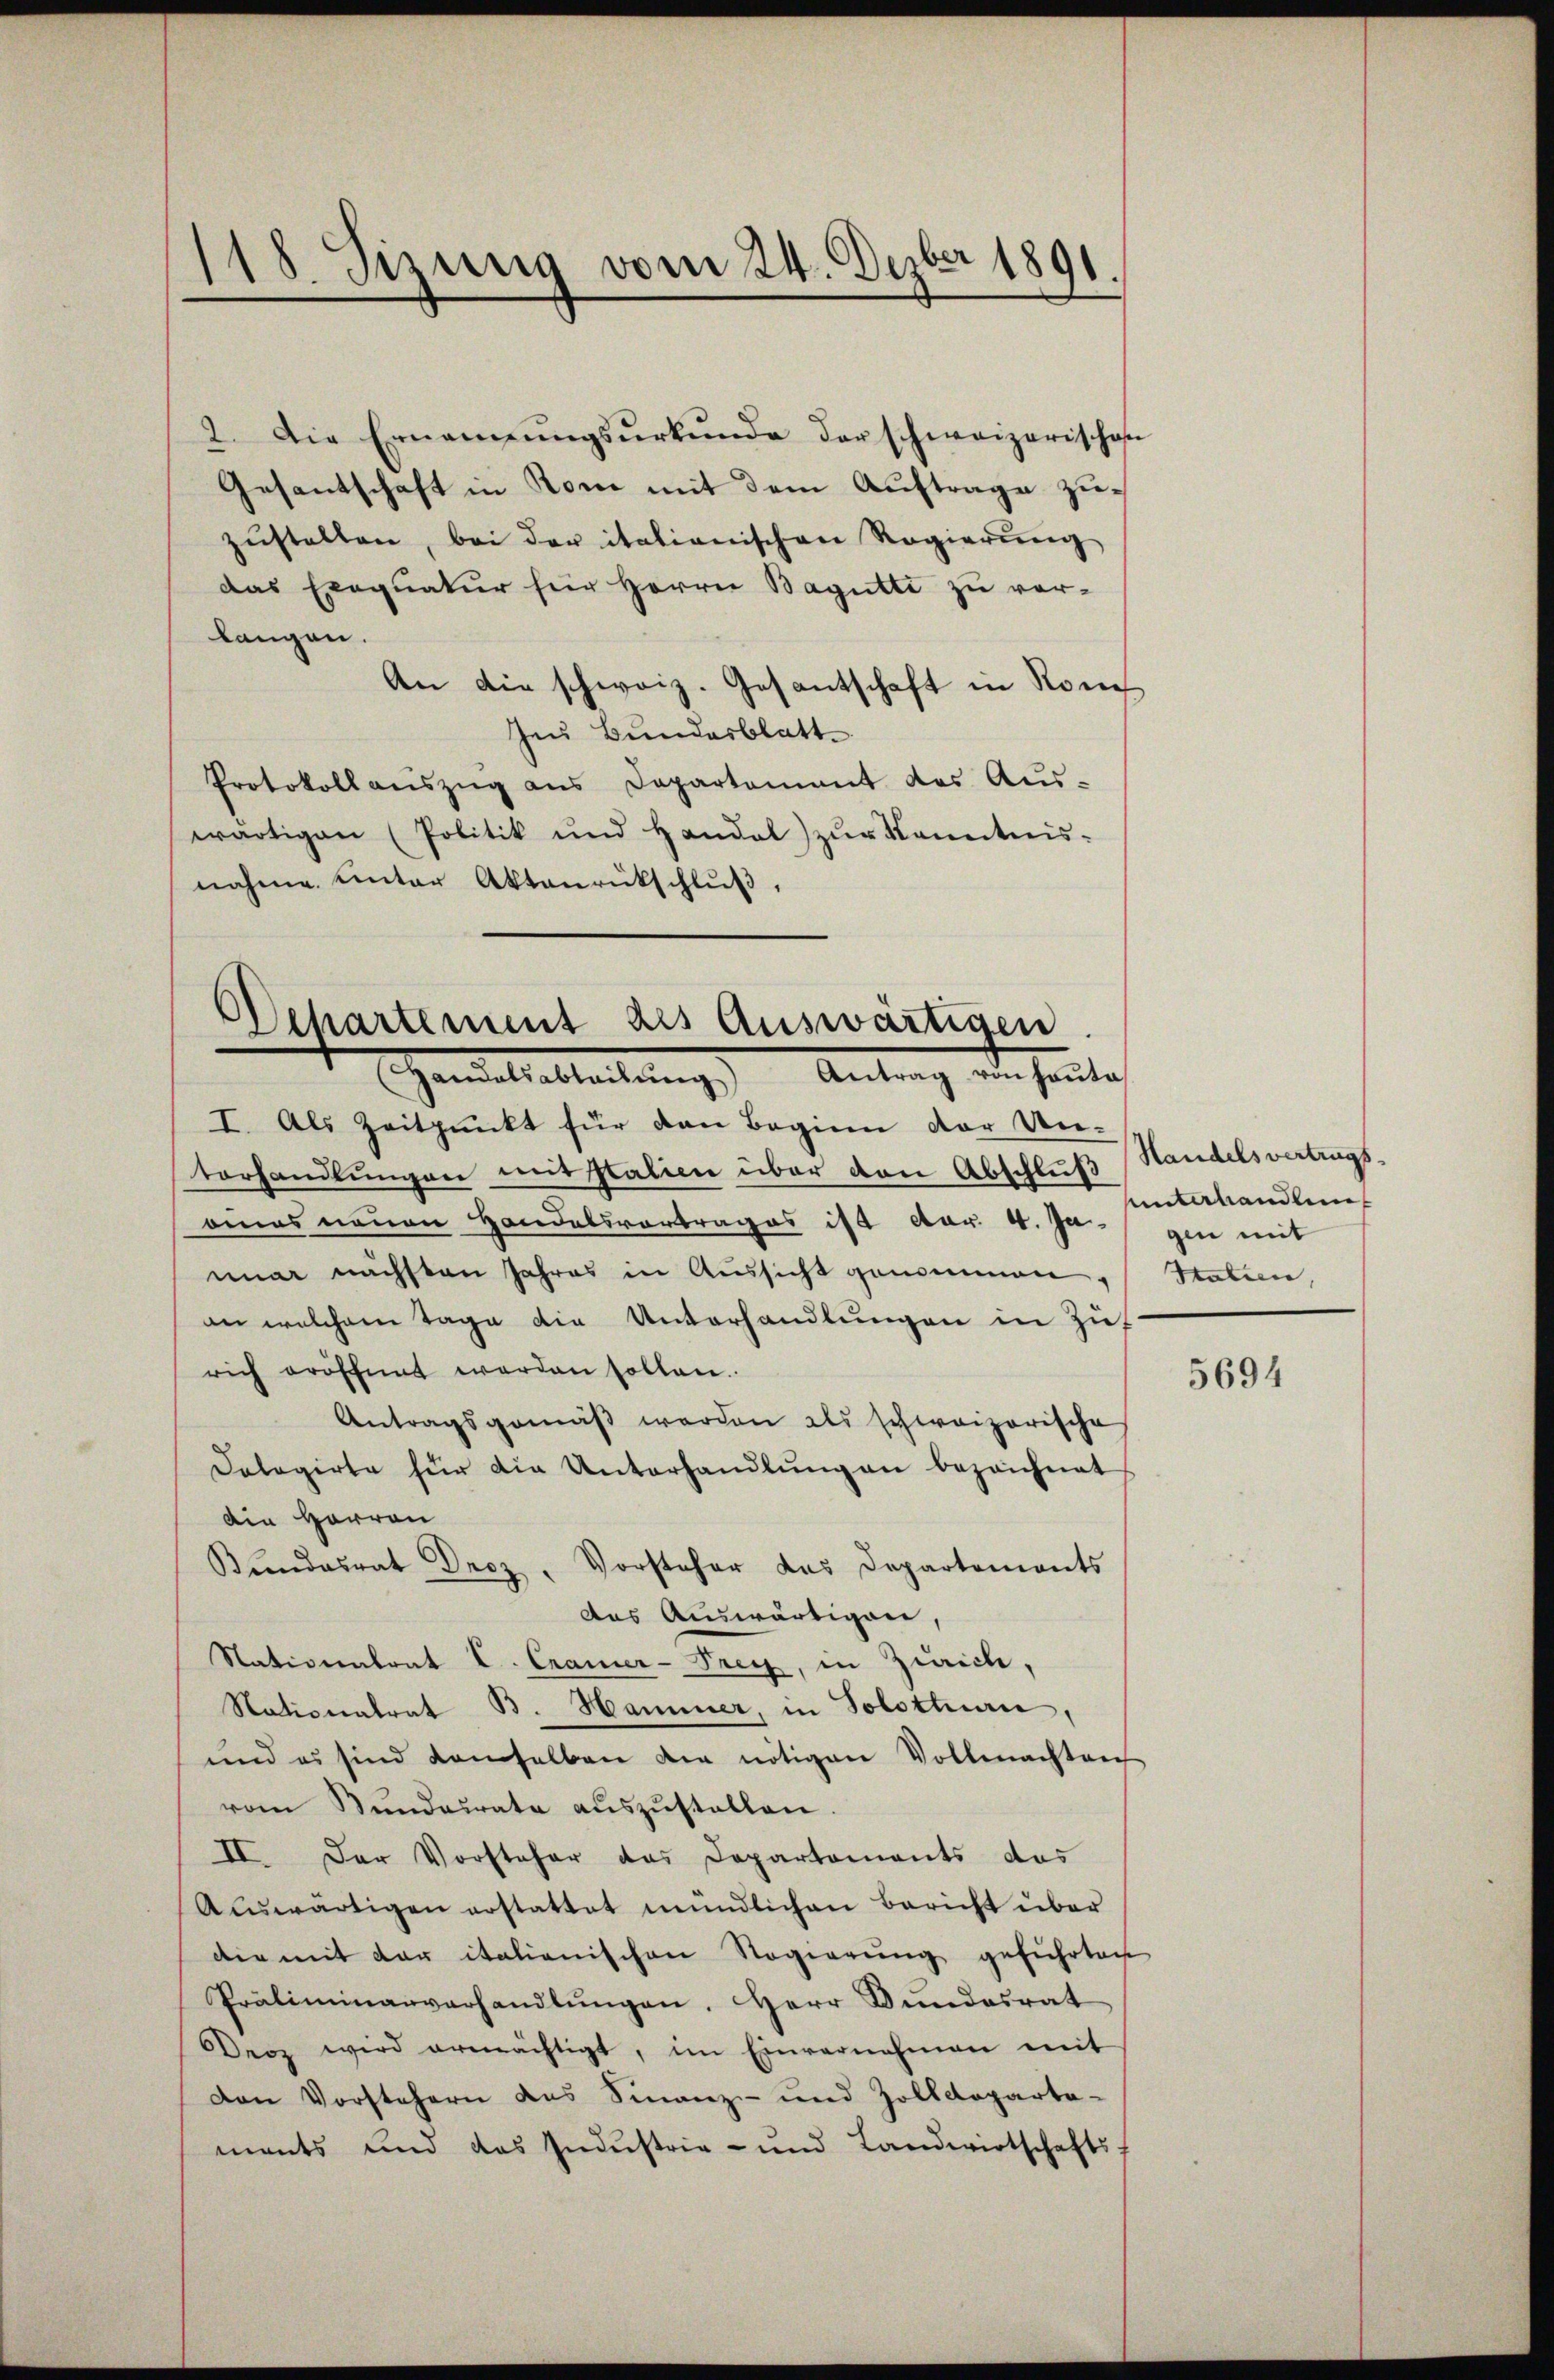
118 Sizung vom 24. Depber 1891.

2. Die Ernannŭngsŭrkŭnde der schweizerischose
Gesantschaft in Rom mit dem Auftrage zuzustellen, bei der italianischen Regierung
Das Exequatur für Herrn Bagutti zu verlangen.
An die schweiz. Gesantschaft in Nom
Ie Bundesblatt
Protokollauszug aus Departement des Aus-
wärtigen (Politik und Handel zŭr Kenntnis-
nahme unter Aktenrückschlŭβ,

Departement als auswärtigen.
Gandelsabteilŭng Antrag von Hauta

I. Als Zeitpunkt für den Beginn der Un-
torhandlungen mit Italien über den Abschluß Standelsvertrags-
oinas neuen Handelsvortrages ist dar. 4. Ja gen mit
nuar nächsten Jahres in Aussicht genommen
an welchem Tage die Unterhandlungen in Zurich eröffnet werden sollen.
Antragsgemäß werden als schweizerische
Dolegirte für die Unterhandlŭngen bezeichnet
die Herren
Bundesrat Droz. Vorsteher das Departements
das Auswärtigen,
Nationentrat L. Cramer-Frey, in Zürich,
Nationalrat B. Hammer, in Solothurn,
und es sind demselben die nötigen Vollmachten
vom Bŭndesrate aŭszŭstellen.
II. Der Vorsteher das Departements das
Auswärtigen erstattet mündlichen Bericht über
die mit der italienischen Regierung geführtach
Präliminarverhandlungen. Herr Bundesrat
Deoz wird ermächtigt, im Einvernehmen mit
Den Vorstehern des Finanz- und Zolldeparta-
ments und das Industrie- und Landwirtschafts-

unterhandlung
Htalien,

5694